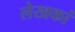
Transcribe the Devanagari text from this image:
लेखकां